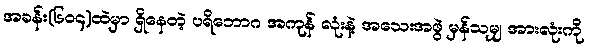
အခန်း(၆၀၄)ထဲမှာ ရှိနေတဲ့ ပရိဘောဂ အကုန် လုံးနဲ့ အသေးအဖွဲ မှန်သမျှ အားလုံးကို